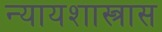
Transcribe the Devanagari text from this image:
न्यायशास्त्रास